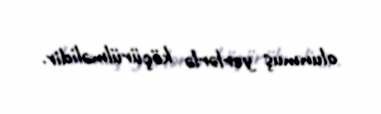
olunmuş yerlərlə köçürülməlidir.